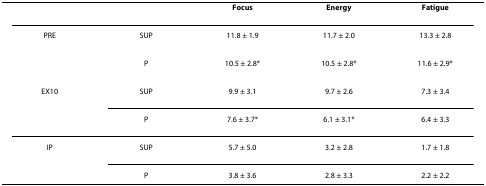
|  |  | Focus | Energy | Fatigue |
 | --- | --- | --- | --- | --- |
 | PRE | SUP | 11.8 ± 1.9 | 11.7 ± 2.0 | 13.3 ± 2.8 |
 |  | P | 10.5 ± 2.8* | 10.5 ± 2.8* | 11.6 ± 2.9* |
 | EX10 | SUP | 9.9 ± 3.1 | 9.7 ± 2.6 | 7.3 ± 3.4 |
 |  | P | 7.6 ± 3.7* | 6.1 ± 3.1* | 6.4 ± 3.3 |
 | IP | SUP | 5.7 ± 5.0 | 3.2 ± 2.8 | 1.7 ± 1.8 |
 |  | P | 3.8 ± 3.6 | 2.8 ± 3.3 | 2.2 ± 2.2 |